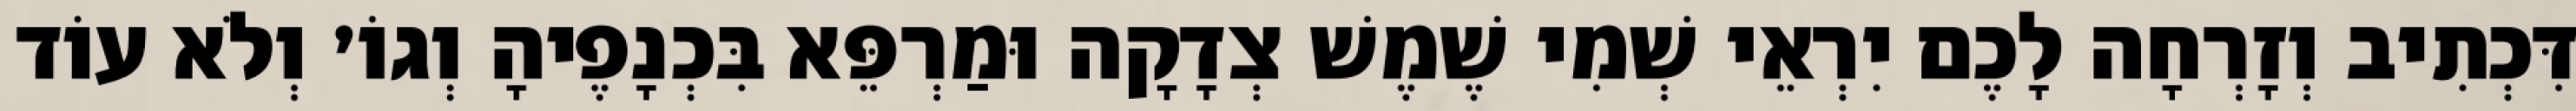
דִּכְתִיב וְזָרְחָה לָכֶם יִרְאֵי שְׁמִי שֶׁמֶשׁ צְדָקָה וּמַרְפֵּא בִּכְנָפֶיהָ וְגוֹ׳ וְלֹא עוֹד